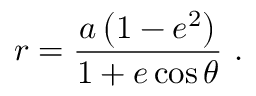
r = { \frac { a \left( 1 - e ^ { 2 } \right) } { 1 + e \cos \theta } } \ .